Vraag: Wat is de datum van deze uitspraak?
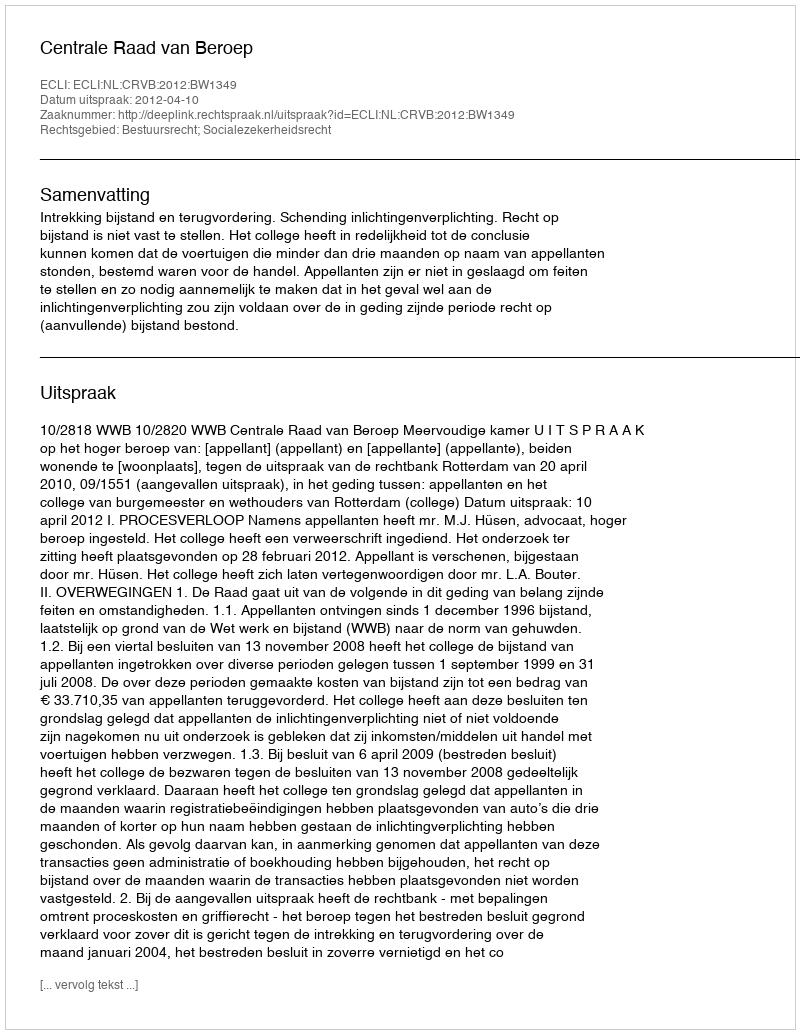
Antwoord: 2012-04-10